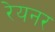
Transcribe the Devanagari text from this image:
रेयनर